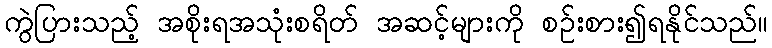
ကွဲပြားသည့် အစိုးရအသုံးစရိတ် အဆင့်များကို စဉ်းစား၍ရနိုင်သည်။